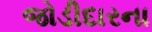
જોડીદારના